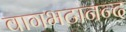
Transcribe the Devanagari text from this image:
वागभटानन्द